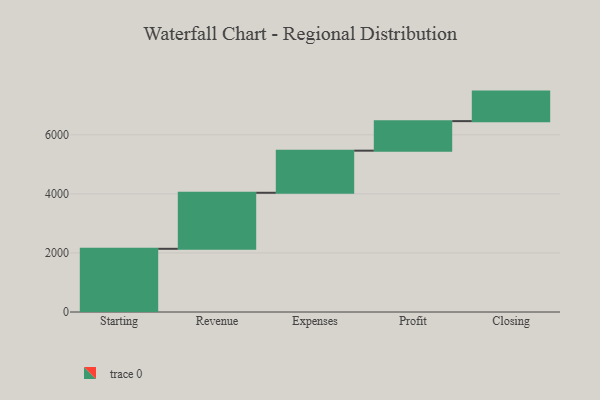
{"axis": {"x": "Step", "y": "Value"}, "legend": [""], "data": [{"x": "Starting", "y": 2140.0, "type": ""}, {"x": "Revenue", "y": 1897.0, "type": ""}, {"x": "Expenses", "y": 1426.0, "type": ""}, {"x": "Profit", "y": 1000, "type": ""}, {"x": "Closing", "y": 1000, "type": ""}]}